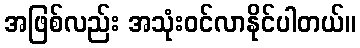
အဖြစ်လည်း အသုံးဝင်လာနိုင်ပါတယ်။